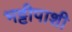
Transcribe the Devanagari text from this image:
भट्टीपाशी